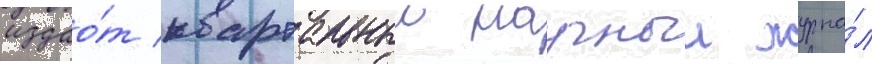
издао́т квартальныи научныи журна́л